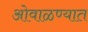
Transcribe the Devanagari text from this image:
ओवाळण्यात